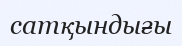
сатқындығы